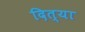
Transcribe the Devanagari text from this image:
दित्या